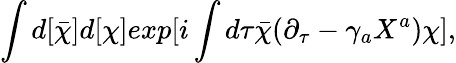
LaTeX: \int d[{\bar{\chi}}]d[\chi]exp[i\int d\tau{\bar{\chi}}(\partial_{\tau}-\gamma_{a}X^{a})\chi],